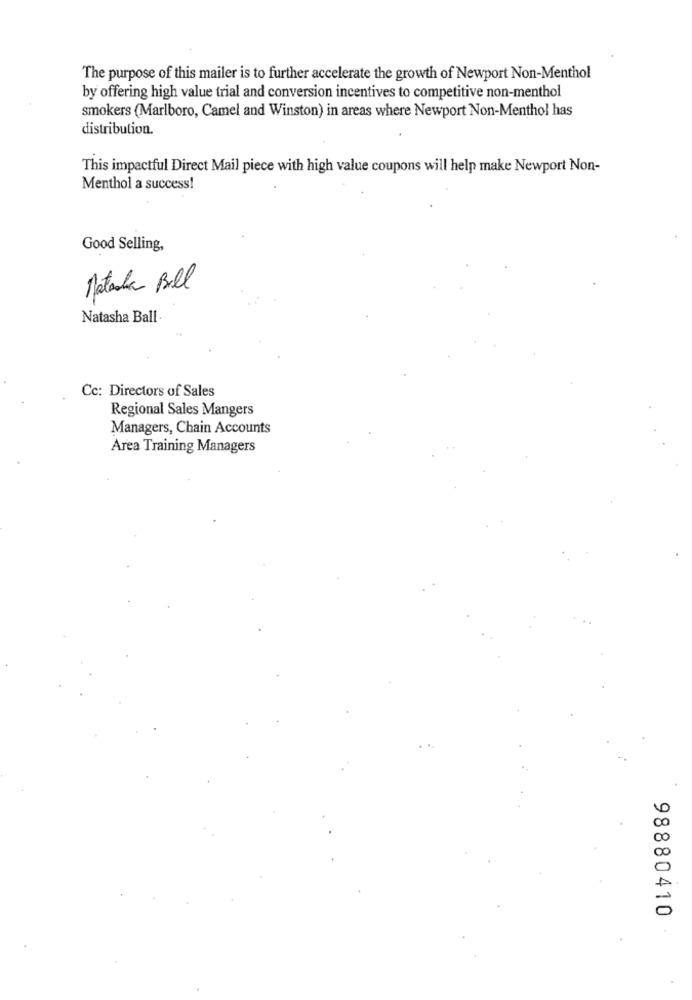
The purpose of this mailer is to further accelerate the growth of Newport Non-Menthol
by offering high value trial and conversion incentives to competitive non-menthol
smokers (Marlboro, Camel and Winston) in areas where Newport Non-Menthol has
distribution.
This impactful Direct Mail piece with high value coupons will help make Newport Non-
Menthol a success!
Good Selling,
Natacha Bill
Natasha Ball
Cc: Directors of Sales
Regional Sales Mangers
Managers, Chain Accounts
Area Training Managers
98880410